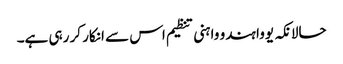
حالانکہ یووا ہندو واہنی تنظیم اس سے انکار کر رہی ہے۔